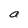
Character: a